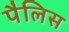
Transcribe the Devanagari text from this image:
पैलिस